Annual administration report of the Civil Veterinary Department, Sind - 1938-1939
Year: 1938
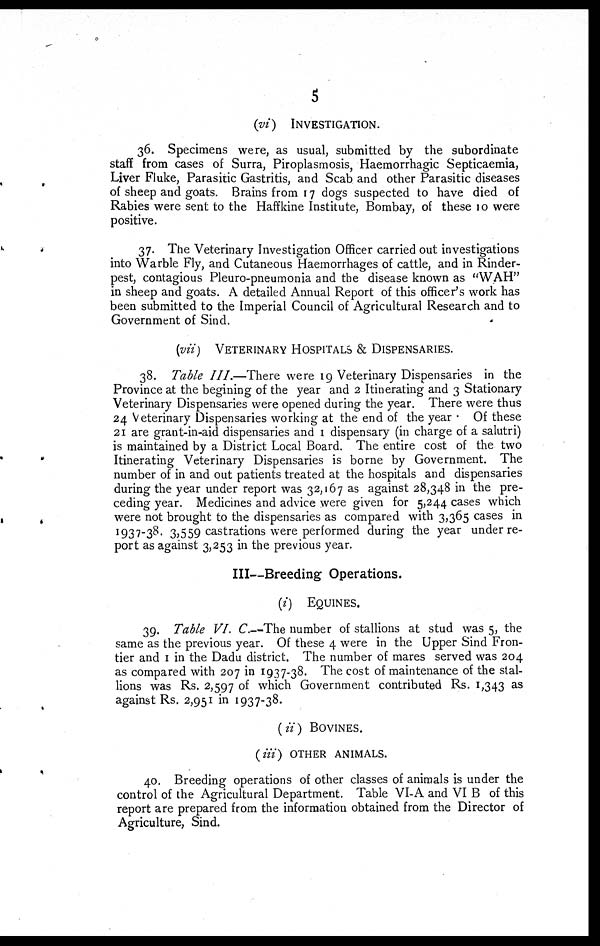
5
(vi) INVESTIGATION.
36. Specimens were, as usual, submitted by the subordinate
staff from cases of Surra, Piroplasmosis, Haemorrhagic Septicaemia,
Liver Fluke, Parasitic Gastritis, and Scab and other Parasitic diseases
of sheep and goats. Brains from 17 dogs suspected to have died of
Rabies were sent to the Haffkine Institute, Bombay, of these t o were
positive.
37. The Veterinary Investigation Officer carried out investigations
into Warble Fly, and Cutaneous Haemorrhages of cattle, and in Rinder-
pest, contagious Pleuro-pneumonia and the disease known as "WAH"
in sheep and goats. A detailed Annual Report of this officer's work has
been submitted to the Imperial Council of Agricultural Research and to
Government of Sind.
(vii) VETERINARY HOSPITALS & DISPENSARIES.
38. Table III.—There were 19 Veterinary Dispensaries in the
Province at the begining of the year and 2 Itinerating and 3 Stationary
Veterinary Dispensaries were opened during the year. There were thus
24 Veterinary Dispensaries working at the end of the year. Of these
21 are grant-in-aid dispensaries and 1 dispensary (in charge of a salutri)
is maintained by a District Local Board. The entire cost of the two
Itinerating Veterinary Dispensaries is borne by Government. The
number of in and out patients treated at the hospitals and dispensaries
during the year under report was 32,167 as against 28,348 in the pre-
ceding year. Medicines and advice were given for 5,244 cases which
were not brought to the dispensaries as compared with 3,365 cases in
1937-38. 3,559 castrations were performed during the year under re-
port as against 3,253 in the previous year.
III—Breeding Operations.
(i) EQUINES.
39. Table VI. C.—The number of stallions at stud was 5, the
same as the previous year. Of these 4 were in the Upper Sind Fron-
tier and 1 in the Dadu district. The number of mares served was 204
as compared with 207 in 1937-38. The cost of maintenance of the stal-
lions was Rs. 2,597 of which Government contributed Rs. 1,343 as
against Rs. 2,951 in 1937-38.
(ii) BOVINES.
(iii) OTHER ANIMALS.
40 Breeding operations of other classes of animals is under the
control of the Agricultural Department. Table VI-A and VI B of this
report are prepared from the information obtained from the Director of
Agriculture, Sind.